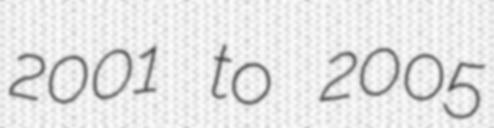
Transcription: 2001 to 2005